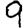
Digit: 9